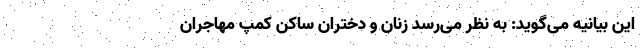
این بیانیه می‌گوید: به نظر می‌رسد زنان و دختران ساکن کمپ‌ مهاجران